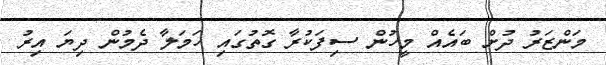
މަންޒަރު ދުށް ބައެއް މީހުން ސިފަކުރާ ގޮތުގައި ހަމަލާ ދެމުން ދިޔަ އިރު